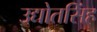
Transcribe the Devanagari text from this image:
उद्योतसिंह